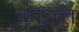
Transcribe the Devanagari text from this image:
गल्त